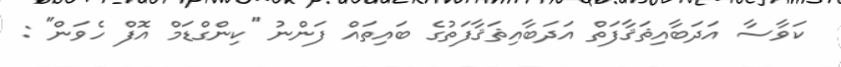
ކަވާސާ އަދަބާއިޘަޤާފަތް އަދަބާއިޘަޤާފަތުގެ ބައިތައް ފަންނު ''ކިންގްޑަމް އޮފް ހެވަން'' :